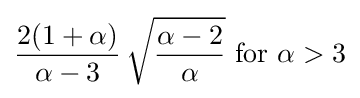
{\frac {2(1+\alpha )}{\alpha -3}}\,{\sqrt {\frac {\alpha -2}{\alpha }}}{\text{ for }}\alpha >3